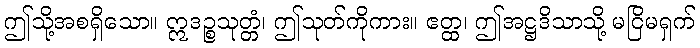
ဤသို့အစရှိသော။ ဣဒဉ္စသုတ္တံ၊ ဤသုတ်ကိုကား။ ဧတ္ထ၊ ဤအဋ္ဌဒိသာသို့ မငြိမရှက်